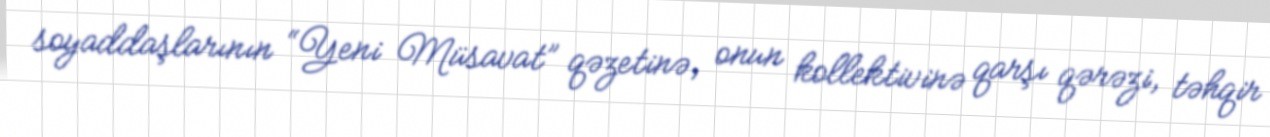
soyaddaşlarının “Yeni Müsavat” qəzetinə, onun kollektivinə qarşı qərəzi, təhqir